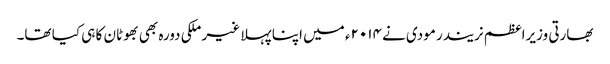
بھارتی وزیراعظم نریندر مودی نے ۲۰۱۴ء میں اپنا پہلا غیر ملکی دورہ بھی بھوٹان کا ہی کیا تھا۔